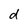
Character: d